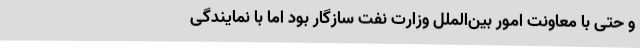
و حتی با معاونت امور بین‌الملل وزارت نفت سازگار بود اما با نمایندگی